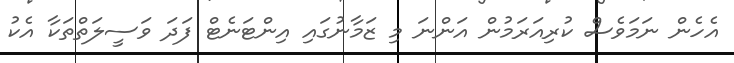
އެހެން ނަމަވެސް ކުރިއަރަމުން އަންނަ މި ޒަމާނުގައި އިންޓަނެޓް ފަދަ ވަސީލަތްތަކާ އެކު